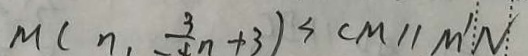
M ( n , - \frac { 3 } { 4 } n + 3 ) = ( C M \vert \vert M ^ { \prime } N )